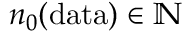
n _ { 0 } ( \mathrm { d a t a } ) \in \ensuremath { \mathbb { N } }